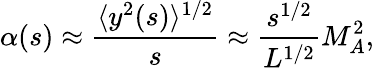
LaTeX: \alpha(s)\approx\frac{\langle y^{2}(s)\rangle^{1/2}}{s}\approx\frac{s^{1/2}}{L^{1/2}}M_{A}^{2},